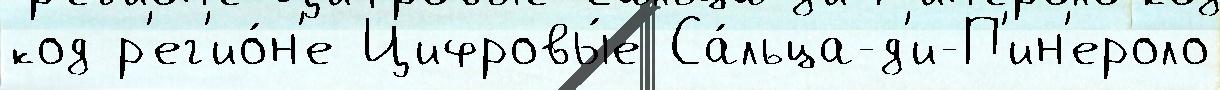
код р'ег'ио́н'е Цифровы́е Са́льца-д'и-П'ин'ероло